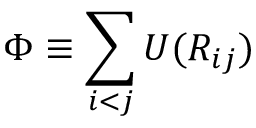
\Phi \equiv \sum _ { i < j } U ( R _ { i j } )